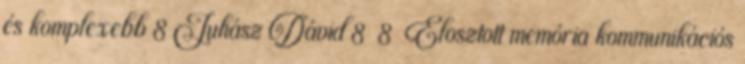
és komplexebb 8 Juhász Dávid 8 8 Elosztott memória kommunikációs